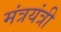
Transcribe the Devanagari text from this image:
मंत्रयंत्री